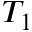
T _ { 1 }